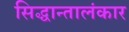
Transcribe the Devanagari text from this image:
सिद्धान्तालंकार